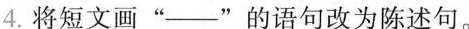
4.将短文画”___”的语句改为陈述句。